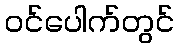
ဝင်ပေါက်တွင်